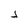
Character: j